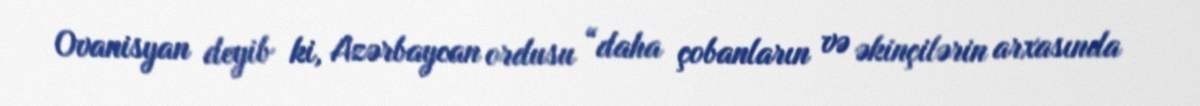
Ovanisyan deyib ki, Azərbaycan ordusu “daha çobanların və əkinçilərin arxasında